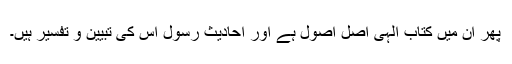
پھر ان میں کتاب الٰہی اصل اصول ہے اور احادیث رسول اس کی تبیین و تفسیر ہیں۔